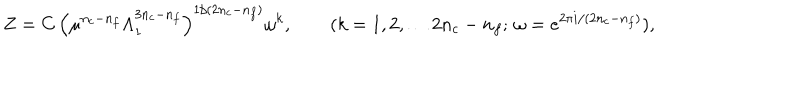
Z = C \, \left( \mu ^ { n _ { c } - n _ { f } } \Lambda _ { 1 } ^ { 3 n _ { c } - n _ { f } } \right) ^ { 1 / ( 2 n _ { c } - n _ { f } ) } \omega ^ { k } , \qquad ( k = 1 , 2 , \ldots 2 n _ { c } - n _ { f } ; \, \omega = e ^ { 2 \pi i / ( 2 n _ { c } - n _ { f } ) } ) ,